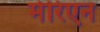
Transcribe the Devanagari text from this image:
मेरिएन